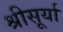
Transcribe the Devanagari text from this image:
श्रीसूर्या